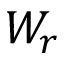
W _ { r }